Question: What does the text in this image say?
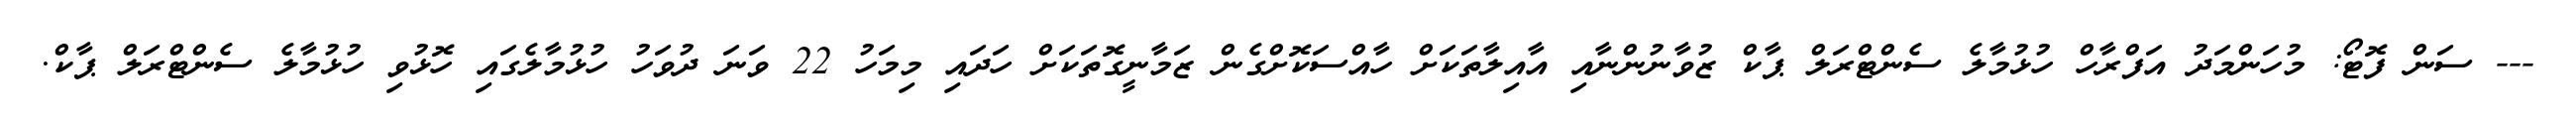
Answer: --- ސަން ފޮޓޯ: މުހަންމަދު އަފްރާހް ހުޅުމާލެ ސެންޓްރަލް ޕާކް ޒުވާނުންނާއި އާއިލާތަކަށް ހާއްސަކޮށްގެން ޒަމާނީގޮތަކަށް ހަދައި މިމަހު 22 ވަނަ ދުވަހު ހުޅުމާލެގައި ހޮޅުވި ހުޅުމާލެ ސެންޓްރަލް ޕާކް.